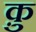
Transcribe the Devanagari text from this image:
कु़